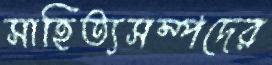
সাহিত্যসম্পদের